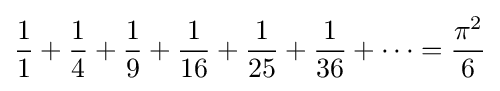
{1 \over 1}+{1 \over 4}+{1 \over 9}+{1 \over 16}+{1 \over 25}+{1 \over 36}+\cdots ={\pi ^{2} \over 6}